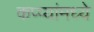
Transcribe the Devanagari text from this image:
कप्प्यांमध्ये